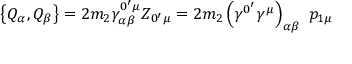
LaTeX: \left\{ Q _ { \alpha } , Q _ { \beta } \right\} = 2 m _ { 2 } \gamma _ { \alpha \beta } ^ { 0 ^ { \prime } \mu } Z _ { 0 ^ { \prime } \mu } = 2 m _ { 2 } \left( \gamma ^ { 0 ^ { \prime } } \gamma ^ { \mu } \right) _ { \alpha \beta } \, \, p _ { 1 \mu }